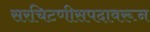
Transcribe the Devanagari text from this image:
सरचिटणीसपदावरून